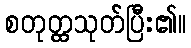
စတုတ္ထသုတ်ပြီး၏။